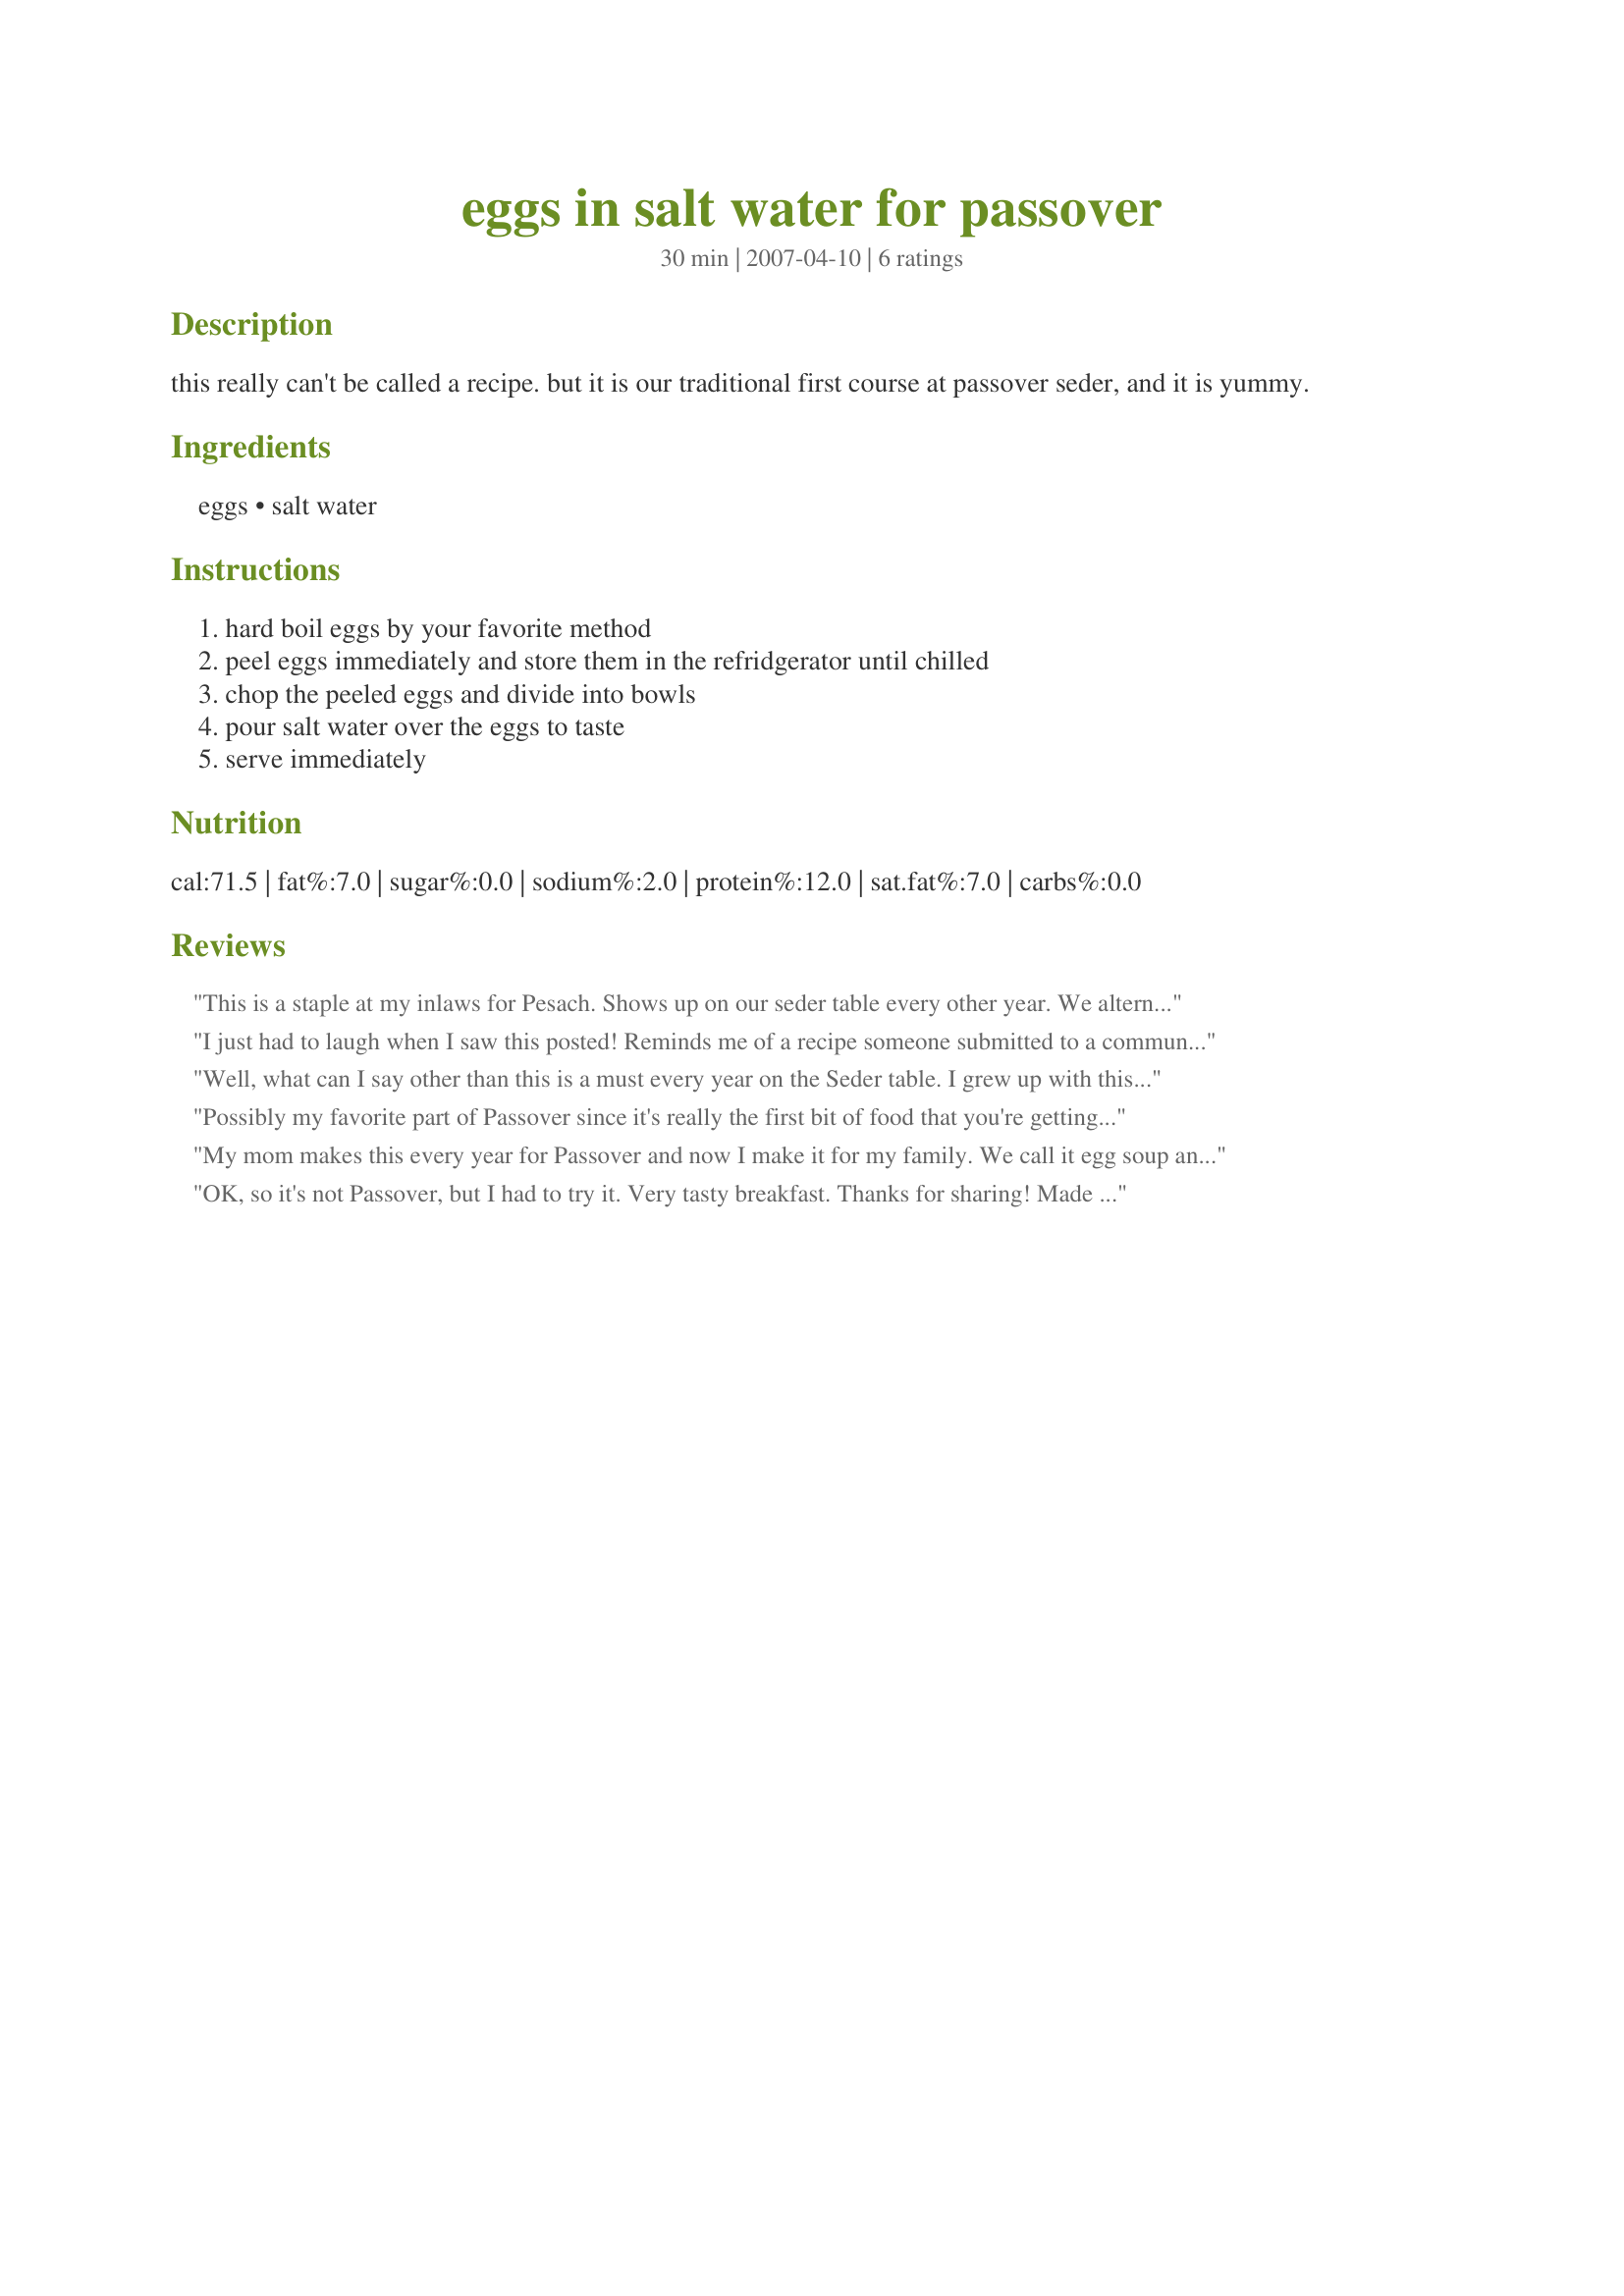
eggs in salt water for passover
Preparation time: 30 minutes

this really can't be called a recipe. but it is our traditional first course at passover seder, and it is yummy.

Ingredients:
eggs, salt water

Steps:
hard boil eggs by your favorite method, peel eggs immediately and store them in the refridgerator until chilled, chop the peeled eggs and divide into bowls, pour salt water over the eggs to taste, serve immediately

Reviews:
This is a staple at my inlaws for Pesach. Shows up on our seder table every other year. We alternate between this and another family favorite, Wet Matzoh.
I just had to laugh when I saw this posted! Reminds me of a recipe someone submitted to a community cookbook we were putting together -- for cornflakes -- 1 cup of cornflakes in the bowl, add milk to taste! ;-) I usually put 2 tablespoons of salt in about 2 quarts of boiling water, and let it cool on the counter while we read the Haggadah. I serve up two egg halves in about half a cup of salt water. We only eat this once a year on Passover eve, but what can I say, it's a repeat winner! ;-)
Well, what can I say other than this is a must every year on the Seder table. I grew up with this and have been making it myself every year. This year too, that is why I decided to rate it during PAC. I boil one egg per person and the salt water I "serve" luke-warm. Some years the water is saltier than other, don't know why.
No Passover without it.
Reviewed for PAC Spring '08.
Thanks for posting.
Possibly my favorite part of Passover since it's really the first bit of food that you're getting into your empty stomach after days of cleaning and a couple hours of the Haggadah. My favorite way of making eggs is according to Emeril's Lucky 13. Cook eggs in boiling water for 2 minutes. Then, cover, take off the flame, and let sit for another 11 minutes. Perfect hard boiled eggs! (Too long and you get that greenish tinge to the outside of the yolk.)
My mom makes this every year for Passover and now I make it for my family. We call it egg soup and feel it is delicious. It is good to know we aren't the only ones who enjoy this.
chefly
OK, so it's not Passover, but I had to try it. Very tasty breakfast. Thanks for sharing! Made for ZWT4.
